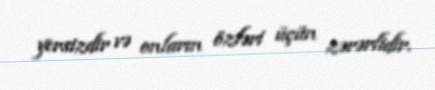
yersizdir və onların özləri üçün zərərlidir.